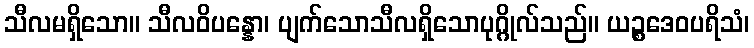
သီလမရှိသော။ သီလဝိပန္နော၊ ပျက်သောသီလရှိသောပုဂ္ဂိုလ်သည်။ ယဉ္စဒေဝပရိသံ၊